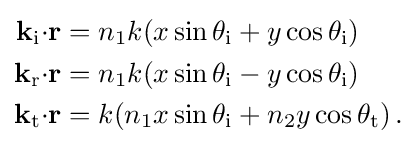
{\begin{aligned}\mathbf {k} _{\text{i}}\mathbf {\cdot r} &=n_{1}k(x\sin \theta _{\text{i}}+y\cos \theta _{\text{i}})\\\mathbf {k} _{\text{r}}\mathbf {\cdot r} &=n_{1}k(x\sin \theta _{\text{i}}-y\cos \theta _{\text{i}})\\\mathbf {k} _{\text{t}}\mathbf {\cdot r} &=k(n_{1}x\sin \theta _{\text{i}}+n_{2}y\cos \theta _{\text{t}})\,.\end{aligned}}